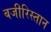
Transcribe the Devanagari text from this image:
बजीरिस्तान